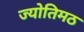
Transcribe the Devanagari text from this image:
ज्योतिमठ